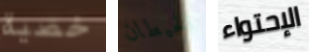
خصية الحيطان الإحتواء